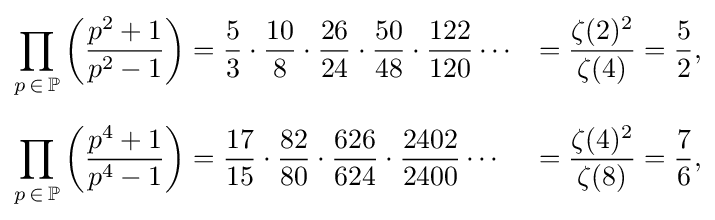
{\begin{aligned}\prod _{p\,\in \,\mathbb {P} }\left({\frac {p^{2}+1}{p^{2}-1}}\right)&={\frac {5}{3}}\cdot {\frac {10}{8}}\cdot {\frac {26}{24}}\cdot {\frac {50}{48}}\cdot {\frac {122}{120}}\cdots &={\frac {\zeta (2)^{2}}{\zeta (4)}}&={\frac {5}{2}},\\[6pt]\prod _{p\,\in \,\mathbb {P} }\left({\frac {p^{4}+1}{p^{4}-1}}\right)&={\frac {17}{15}}\cdot {\frac {82}{80}}\cdot {\frac {626}{624}}\cdot {\frac {2402}{2400}}\cdots &={\frac {\zeta (4)^{2}}{\zeta (8)}}&={\frac {7}{6}},\end{aligned}}